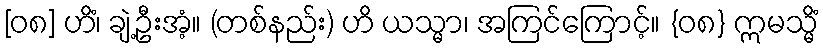
[၀၈] ဟိံ၊ ချဲ့ဦးအံ့။ (တစ်နည်း) ဟိ ယသ္မာ၊ အကြင်ကြောင့်။ {၀၈} ဣမသ္မိံ